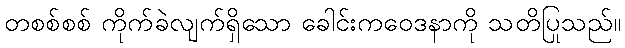
တစစ်စစ် ကိုက်ခဲလျက်ရှိသော ခေါင်းကဝေဒနာကို သတိပြုသည်။